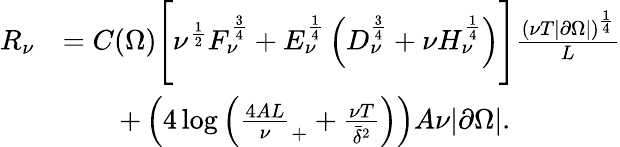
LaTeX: \begin{array}{rl}{R_{\nu}}&{=C(\Omega)\Biggl[\nu^{\frac 12}F_{\nu}^{\frac 34}+E_{\nu}^{\frac 14}\left(D_{\nu}^{\frac 34}+\nu H_{\nu}^{\frac 14}\right)\Biggr]\frac{(\nu T|\partial\Omega|)^{\frac 14}}L}\\ &{\qquad+\left(4\log\left(\frac{4AL}\nu_{+}+\frac{\nu T}{\bar{\delta}^{2}}\right)\right)A\nu|\partial\Omega|.}\end{array}